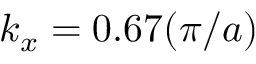
k _ { x } = 0 . 6 7 ( \pi / a )